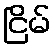
ငြိမ်